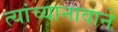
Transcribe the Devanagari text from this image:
त्यांच्यानावाने